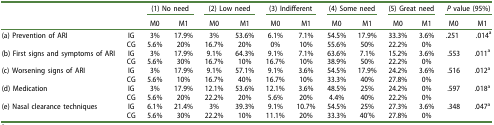
<table><thead><tr><td colspan="2"><b> </b></td><td colspan="2"><b>(1) No need</b></td><td colspan="2"><b>(2) Low need</b></td><td colspan="2"><b>(3) Indifferent</b></td><td colspan="2"><b>(4) Some need</b></td><td colspan="2"><b>(5) Great need</b></td><td colspan="2"><b><i>P</i> value (95%)</b></td></tr><tr><td colspan="2"><b> </b></td><td><b>M0</b></td><td><b>M1</b></td><td><b>M0</b></td><td><b>M1</b></td><td><b>M0</b></td><td><b>M1</b></td><td><b>M0</b></td><td><b>M1</b></td><td><b>M0</b></td><td><b>M1</b></td><td><b> M0 </b></td><td><b> M1 </b></td></tr></thead><tbody><tr><td>(a) Prevention of ARI</td><td>IG</td><td>3%</td><td>17.9%</td><td>3%</td><td>53.6%</td><td>6.1%</td><td>7.1%</td><td>54.5%</td><td>17.9%</td><td>33.3%</td><td>3.6%</td><td>.251 </td><td> .014<sup>a</sup></td></tr><tr><td> </td><td>CG</td><td>5.6%</td><td>20%</td><td>16.7%</td><td>20%</td><td>0%</td><td>10%</td><td>55.6%</td><td>50%</td><td>22.2%</td><td>0%</td><td> </td><td> </td></tr><tr><td>(b) First signs and symptoms of ARI</td><td>IG</td><td>3%</td><td>17.9%</td><td>9.1%</td><td>64.3%</td><td>9.1%</td><td>7.1%</td><td>63.6%</td><td>7.1%</td><td>15.2%</td><td>3.6%</td><td>.553</td><td>.011<sup>a</sup></td></tr><tr><td> </td><td>CG</td><td>5.6%</td><td>30%</td><td>16.7%</td><td>10%</td><td>16.7%</td><td>10%</td><td>38.9%</td><td>50%</td><td>22.2%</td><td>0%</td><td> </td><td> </td></tr><tr><td>(c) Worsening signs of ARI</td><td>IG</td><td>3%</td><td>17.9%</td><td>9.1%</td><td>57.1%</td><td>9.1%</td><td>3.6%</td><td>54.5%</td><td>17.9%</td><td>24.2%</td><td>3.6%</td><td>.516</td><td>.012<sup>a</sup></td></tr><tr><td> </td><td>CG</td><td>5.6%</td><td>10%</td><td>16.7%</td><td>40%</td><td>16.7%</td><td>10%</td><td>33.3%</td><td>40%</td><td>27.8%</td><td>0%</td><td> </td><td> </td></tr><tr><td>(d) Medication</td><td>IG</td><td>3%</td><td>17.9%</td><td>12.1%</td><td>53.6%</td><td>12.1%</td><td>3.6%</td><td>48.5%</td><td>25%</td><td>24.2%</td><td>0%</td><td>.597</td><td>.018<sup>a</sup></td></tr><tr><td> </td><td>CG</td><td>5.6%</td><td>20%</td><td>22.2%</td><td>20%</td><td>5.6%</td><td>20%</td><td>4.4%</td><td>40%</td><td>22.2%</td><td>0%</td><td> </td><td> </td></tr><tr><td>(e) Nasal clearance techniques</td><td>IG</td><td>6.1%</td><td>21.4%</td><td>3%</td><td>39.3%</td><td>9.1%</td><td>10.7%</td><td>54.5%</td><td>25%</td><td>27.3%</td><td>3.6%</td><td>.348</td><td>.047<sup>a</sup></td></tr><tr><td> </td><td>CG</td><td>5.6%</td><td>30%</td><td>22.2%</td><td>10%</td><td>11.1%</td><td>20%</td><td>33.3%</td><td>40’%</td><td>27.8%</td><td>0%</td><td> </td><td> </td></tr></tbody></table>